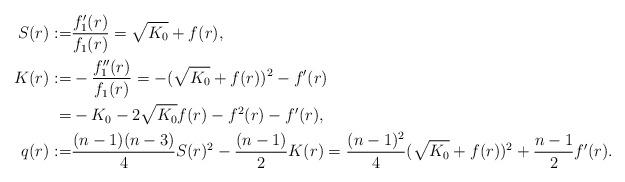
LaTeX: \begin{align*} S(r) := & \frac{f_1'(r)}{f_1(r)}=\sqrt{K_0}+f(r),\\ K(r) := & -\frac{f_1''(r)}{f_1(r)}=-(\sqrt{K_0}+f(r))^2-f^{\prime}(r)\\ = &- {K_0}-2\sqrt{K_0}f(r)-f^2(r)-f^{\prime}(r),\\ q(r) := & \frac{(n-1)(n-3)}{4}S(r)^2 - \frac{(n-1)}{2}K(r)=\frac{(n-1)^2}{4}(\sqrt{K_0}+f(r))^2+\frac{n-1}{2}f^{\prime}(r).\end{align*}